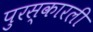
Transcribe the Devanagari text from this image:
पुरस्कारली